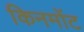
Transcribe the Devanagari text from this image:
किनमोंट